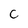
Character: C